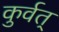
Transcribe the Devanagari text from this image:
कुर्वत्